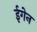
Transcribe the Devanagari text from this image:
ईगेन